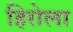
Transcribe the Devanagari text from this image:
हिरोला